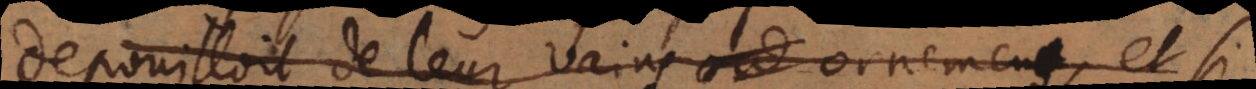
depouilloit de leur vains ornemens, et si